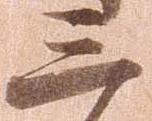
三